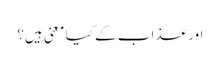
اور عذاب کے کیا معنی ہیں؟